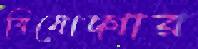
বিষোদ্গার